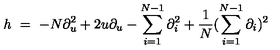
h \ = \ - N \partial _ { u } ^ { 2 } + 2 u \partial _ { u } - \sum _ { i = 1 } ^ { N - 1 } \partial _ { i } ^ { 2 } + \frac { 1 } { N } ( \sum _ { i = 1 } ^ { N - 1 } \partial _ { i } ) ^ { 2 }